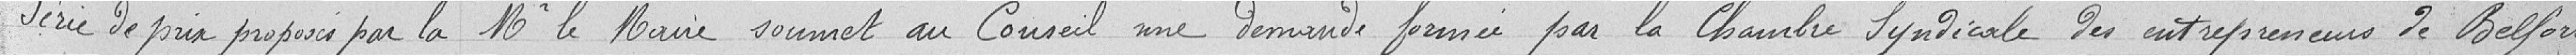
Série de prix proposé par la Monsieur le maire soumet au conseil une demande formée par la chambre syndicale des entrepreneurs de Belfort